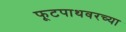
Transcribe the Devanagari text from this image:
फूटपाथवरच्या